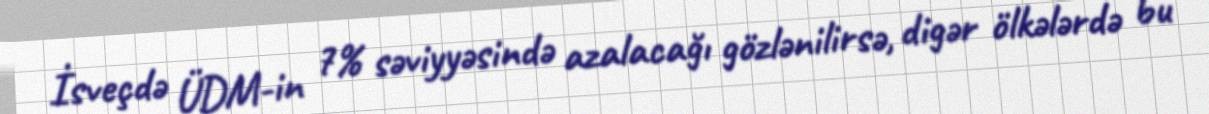
İsveçdə ÜDM-in 7% səviyyəsində azalacağı gözlənilirsə, digər ölkələrdə bu